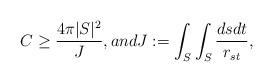
LaTeX: \begin{align*}C \geq \frac{4\pi|S|^2}{J},and J :=\int_{S}\int_{S}\frac{dsdt}{r_{st}},\end{align*}